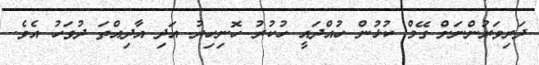
ދަރިވަރުންނަށް ގޭމް ކުޅުން ހުއްދައީ ހުކުރު ހޮނިހިރު އަދި އާދިއްތަ ދުވަހު އެވެ.